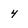
Character: 4